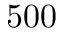
5 0 0